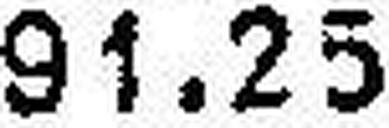
91.25